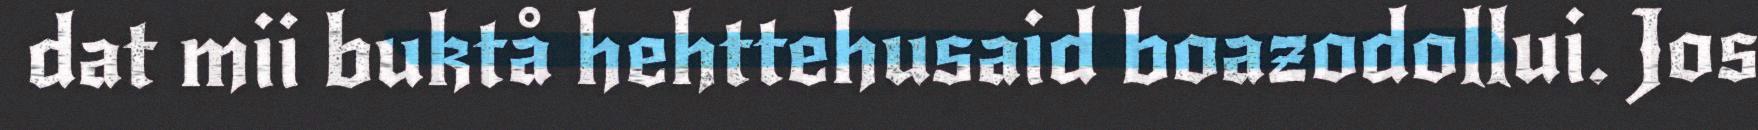
dat mii buktå hehttehusaid boazodollui. Jos